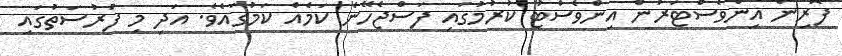
ފޮރިން އިންވެސްޓަރުން އިންވެސްޓު ކުރުމުގައި ފަސްޖެހޭނެ ކަމެއް ކަމުގައެވެ. އަދި މި ފުރުސަތުގައި